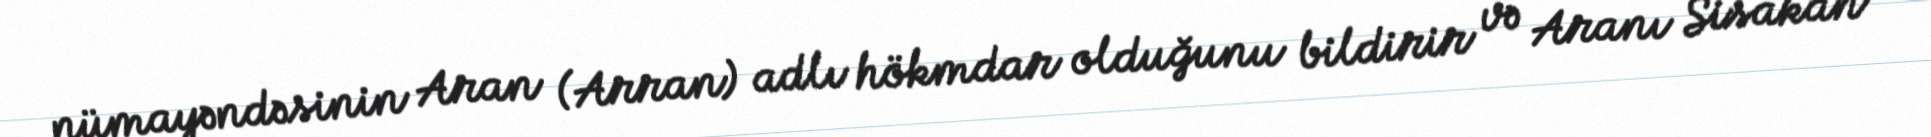
nümayəndəsinin Aran (Arran) adlı hökmdar olduğunu bildirir və Aranı Sisakan